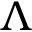
\Lambda